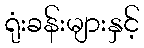
ရုံးခန်းများနှင့်